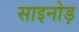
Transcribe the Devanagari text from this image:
साइनोड़